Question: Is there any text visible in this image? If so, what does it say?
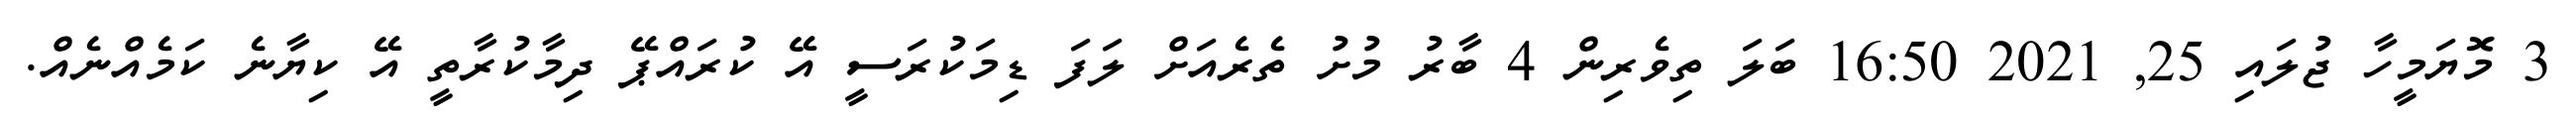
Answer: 3 މޮޔަމީހާ ޖުލައި 25, 2021 16:50 ބަލަ ތިވެރިން 4 ބާރު މުށު ތެރެއަށް ލަފަ ޑިމަކުރަސީ އޭ ކުރައްޕޭ ދިމާކުރާތީ އޭ ކިޔާނެ ކަމެއްނެއް.